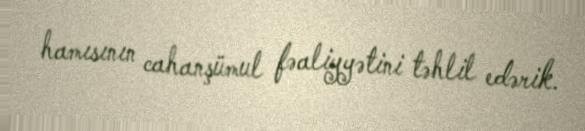
hamısının cahanşümul fəaliyyətini təhlil edərik.